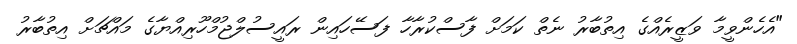
"އެހެންވީމާ ވަޒީރެއްގެ އިތުބާރު ނެތް ކަމަށް ފާސްކުރާހާ ފަސޭހައިން ރައީސުލްޖުމްހޫރިއްޔާގެ މައްޗަށް އިތުބާރު